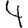
Digit: 4